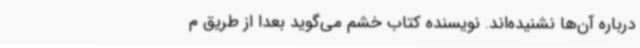
درباره آن‌ها نشنیده‌اند. نویسنده کتاب خشم می‌گوید بعداً از طریق م